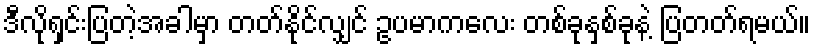
ဒီလိုရှင်းပြတဲ့အခါမှာ တတ်နိုင်လျှင် ဥပမာကလေး တစ်ခုနှစ်ခုနဲ့ ပြတတ်ရမယ်။